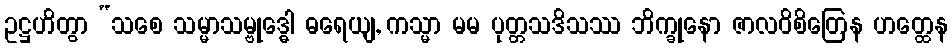
ဥဋ္ဌဟိတွာ “သစေ သမ္မာသမ္ဗုဒ္ဓေါ ဓရေယျ, ကသ္မာ မမ ပုတ္တသဒိသဿ ဘိက္ခုနော ဇာလဝိစိတြေန ဟတ္ထေန